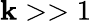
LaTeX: \mathbf{k}>>1